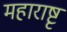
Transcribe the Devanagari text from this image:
महाराष्टृ